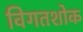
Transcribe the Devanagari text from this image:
विगतशोक